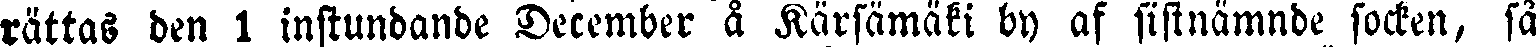
rättas den 1 instundande December å Kärsämäki by af sistnämnde socken, så